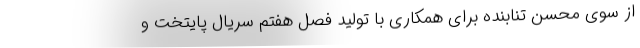
از سوی محسن تنابنده برای همکاری با تولید فصل هفتم سریال پایتخت و